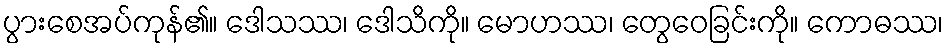
ပွားစေအပ်ကုန်၏။ ဒေါသဿ၊ ဒေါသိကို။ မောဟဿ၊ တွေဝေခြင်းကို။ ကောဓဿ၊